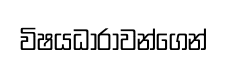
විෂයධාරාවන්ගෙන්